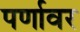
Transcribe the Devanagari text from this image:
पर्णावर